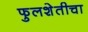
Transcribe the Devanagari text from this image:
फुलशेतीचा